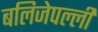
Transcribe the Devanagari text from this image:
बलिजेपल्ली